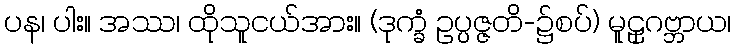
ပန၊ ပါး။ အဿ၊ ထိုသူငယ်အား။ (ဒုက္ခံ ဥပ္ပဇ္ဇတိ-၌စပ်) မူဠှဂဗ္ဘာယ၊